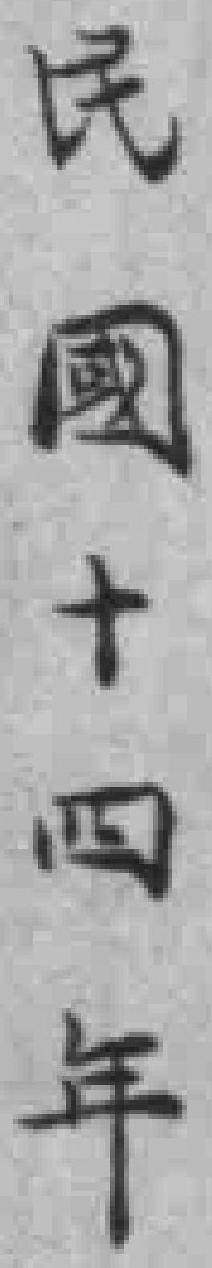
民國十四年